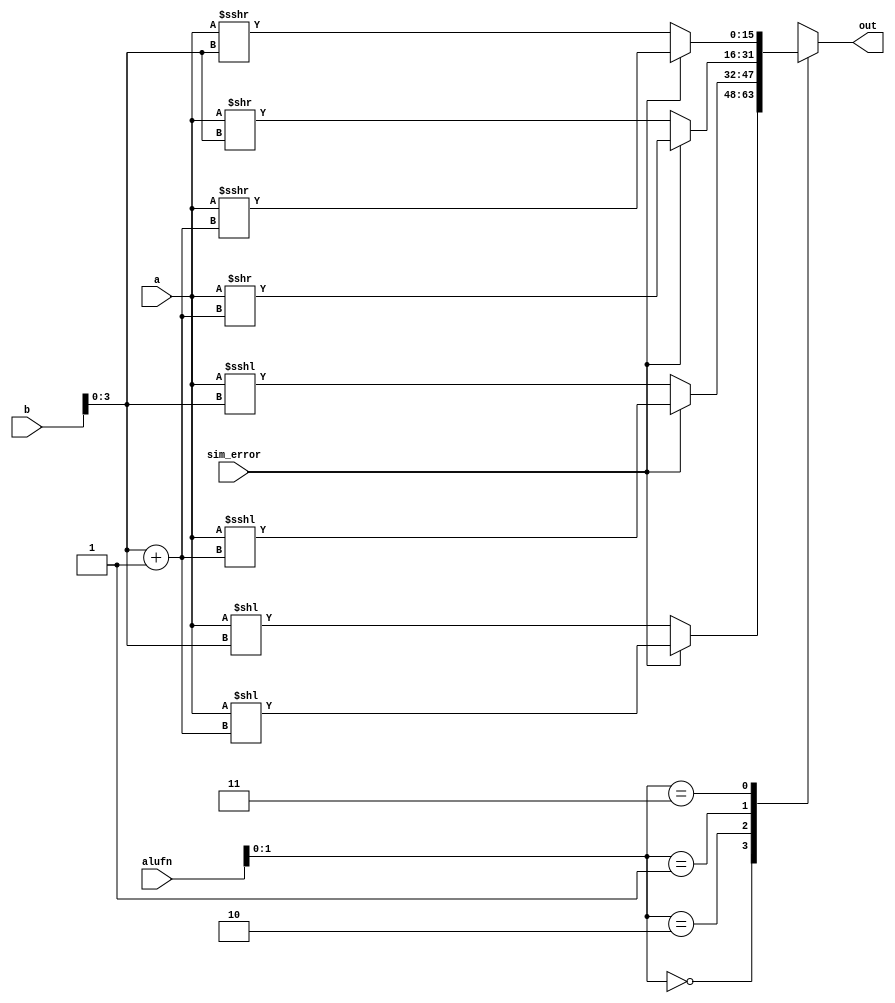
/*
   This file was generated automatically by Alchitry Labs version 1.2.7.
   Do not edit this file directly. Instead edit the original Lucid source.
   This is a temporary file and any changes made to it will be destroyed.
*/

module shifter_16_10 (
    input [15:0] a,
    input [15:0] b,
    input [5:0] alufn,
    input [0:0] sim_error,
    output reg [15:0] out
  );
  
  
  
  always @* begin
    
    case (alufn[0+1-:2])
      default: begin
        out = a;
      end
      2'h0: begin
        if (sim_error == 1'h0) begin
          out = a << b[0+3-:4];
        end else begin
          out = a << b[0+3-:4] + 1'h1;
        end
      end
      2'h2: begin
        if (sim_error == 1'h0) begin
          out = $signed(a) <<< b[0+3-:4];
        end else begin
          out = $signed(a) <<< b[0+3-:4] + 1'h1;
        end
      end
      2'h1: begin
        if (sim_error == 1'h0) begin
          out = a >> b[0+3-:4];
        end else begin
          out = a >> b[0+3-:4] + 1'h1;
        end
      end
      2'h3: begin
        if (sim_error == 1'h0) begin
          out = $signed(a) >>> b[0+3-:4];
        end else begin
          out = $signed(a) >>> b[0+3-:4] + 1'h1;
        end
      end
    endcase
  end
endmodule